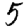
Digit: 5